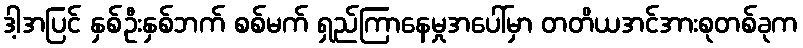
ဒါ့အပြင် နှစ်ဦးနှစ်ဘက် စစ်မက် ရှည်ကြာနေမှုအပေါ်မှာ တတိယအင်အားစုတစ်ခုက